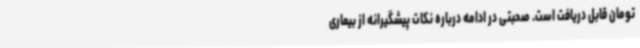
تومان قابل دریافت است. صحبتی در ادامه درباره نکات پیشگیرانه از بیماری